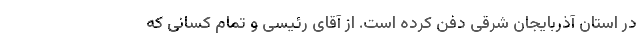
در استان آذربایجان شرقی دفن کرده است. از آقای رئیسی و تمام کسانی که